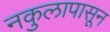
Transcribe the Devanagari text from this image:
नकुलापासून